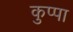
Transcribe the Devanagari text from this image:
कुप्‍पा